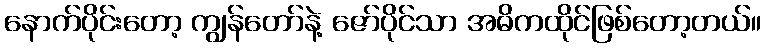
နောက်ပိုင်းတော့ ကျွန်တော်နဲ့ ဇော်ပိုင်သာ အဓိကထိုင်ဖြစ်တော့တယ်။